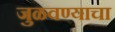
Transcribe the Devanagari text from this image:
जुळवण्याचा